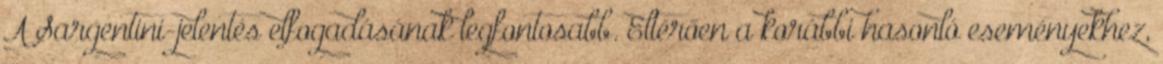
A Sargentini-jelentés elfogadásának legfontosabb. Eltérően a korábbi hasonló eseményekhez,